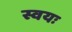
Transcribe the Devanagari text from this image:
स्वयः